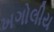
ખગોલીય